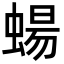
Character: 蝪